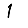
Digit: 1